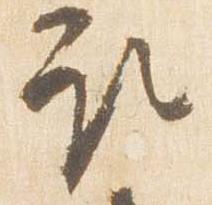
取